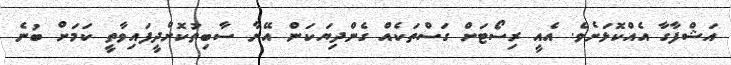
އަޝްފާގާ އެއްކޮޅަށެވެ. އެއީ ރިސޯޓަށް ގަސްތަކެއް ގެންދިޔަކަން އޭނާ ސާބިތުކޮށްދީފައިވާތީ ކަމަށް ބުނެ